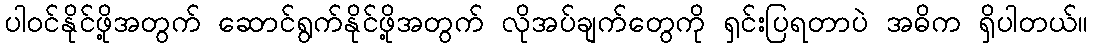
ပါဝင်နိုင်ဖို့အတွက် ဆောင်ရွက်နိုင်ဖို့အတွက် လိုအပ်ချက်တွေကို ရှင်းပြရတာပဲ အဓိက ရှိပါတယ်။